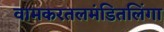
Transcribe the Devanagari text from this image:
वामकरतलमंडितलिंगा